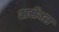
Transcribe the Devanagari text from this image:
असेंबल